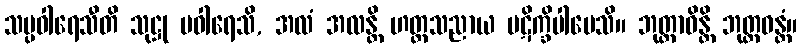
သမ္ပဝါရေသီတိ သုဋ္ဌု ပဝါရေသိ, အလံ အလန္တိ ဟတ္ထသညာယ ပဋိက္ခိပါပေသိ။ ဘုတ္တာဝိန္တိ ဘုတ္တဝန္တံ။